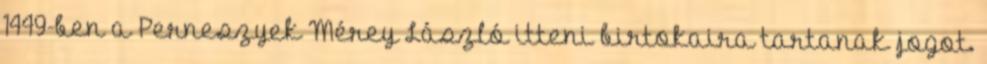
1449-ben a Perneszyek Mérey László itteni birtokaira tartanak jogot.